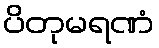
ပိတုမရဏံ